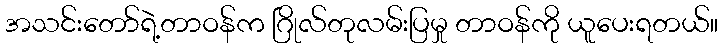
အသင်းတော်ရဲ့တာဝန်က ဂြိုလ်တုလမ်းပြမှု တာဝန်ကို ယူပေးရတယ်။